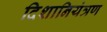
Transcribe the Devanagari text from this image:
दिशानियंत्रण